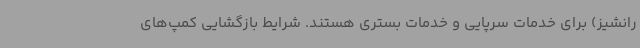
رانشیز) برای خدمات سرپایی و خدمات بستری هستند. شرایط بازگشایی کمپ‌های